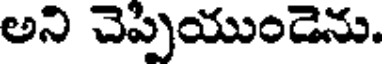
అని చెప్పియుండెను.